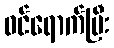
ဝင်ရောက်ပြီး